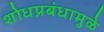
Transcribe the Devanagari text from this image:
शोधप्रबंधामुळे